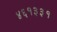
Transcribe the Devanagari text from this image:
४६१३३१